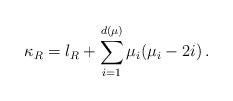
LaTeX: \begin{align*}\kappa_R=l_R + \sum_{i=1}^{d(\mu)}\mu_i (\mu_i - 2i) \,.\end{align*}